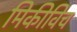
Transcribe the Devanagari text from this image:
मिकीविच